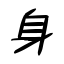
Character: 身